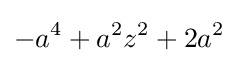
-a^{4}+a^{2}z^{2}+2a^{2}